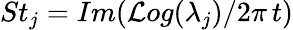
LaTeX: St_{j}=Im(\mathcal{L}og(\lambda_{j})/2\pi\, t)